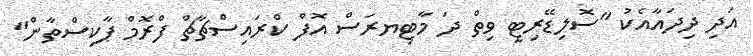
އަދި ދިދައާއެކު "ސޮލިޑޭރިޓީ ވިތް ދަ މާޓިޔރަސް އޮފް ކްރައިސްޗާޗް ފްރޮމް ޕާކިސްތާން"